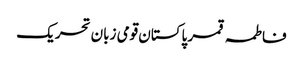
فاطمہ قمر پاکستان قومی زبان تحریک